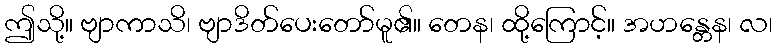
ဤသို့။ ဗျာကာသိ၊ ဗျာဒိတ်ပေးတော်မူ၏။ တေန၊ ထို့ကြောင့်။ အဟန္တေန၊ လ၊